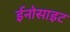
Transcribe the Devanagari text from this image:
ईनोसाइट